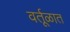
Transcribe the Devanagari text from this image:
वर्तूळात